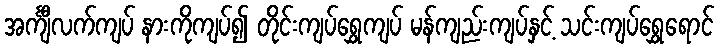
အင်္ကျီလက်ကျပ် နားကိုကျပ်၍ တိုင်းကျပ်ရွှေကျပ် မန်ကျည်းကျပ်နှင့် သင်းကျပ်ရွှေရောင်